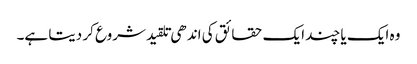
وہ ایک یا چند ایک حقائق کی اندھی تلقید شروع کر دیتا ہے۔